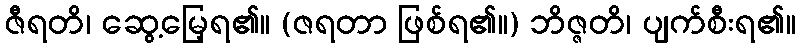
ဇီရတိ၊ ဆွေ့မြေ့ရ၏။ (ဇရတာ ဖြစ်ရ၏။) ဘိဇ္ဇတိ၊ ပျက်စီးရ၏။